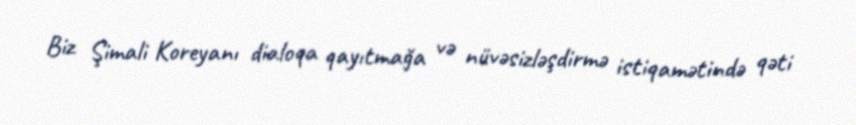
Biz Şimali Koreyanı dialoqa qayıtmağa və nüvəsizləşdirmə istiqamətində qəti